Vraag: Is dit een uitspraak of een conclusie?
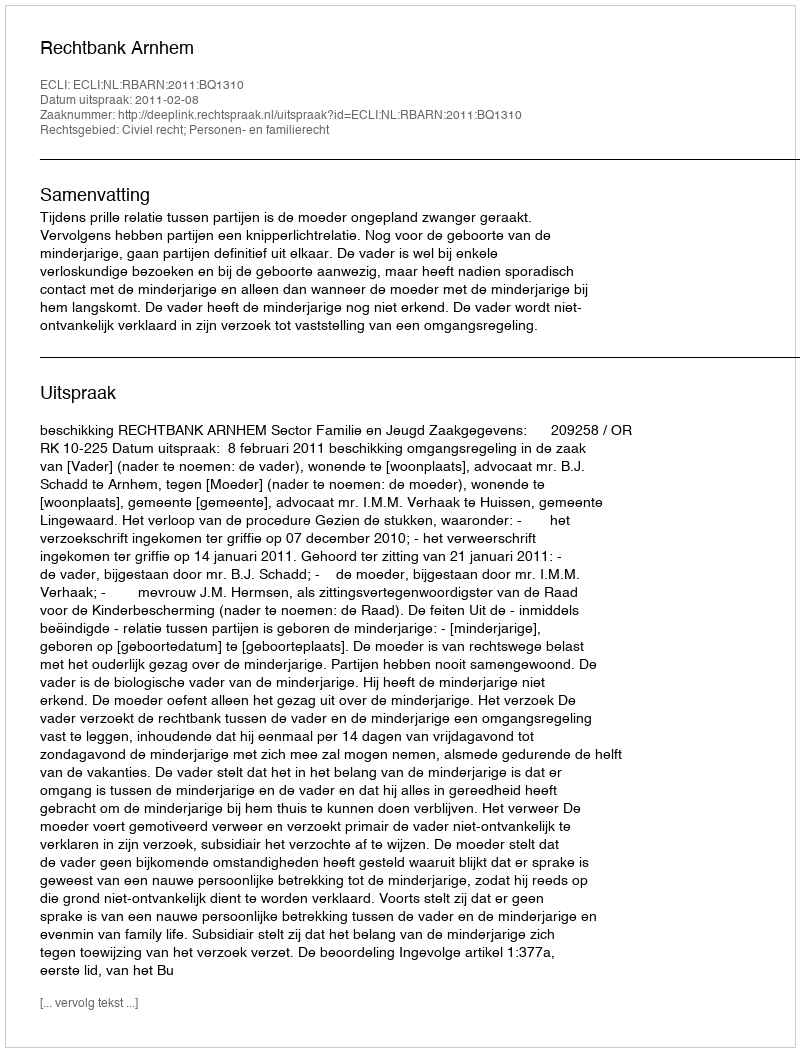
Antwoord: Uitspraak